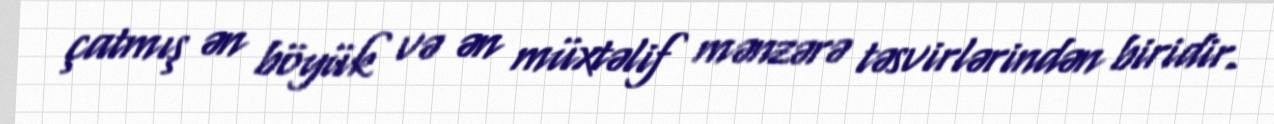
çatmış ən böyük və ən müxtəlif mənzərə təsvirlərindən biridir.